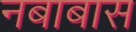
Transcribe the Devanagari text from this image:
नबाबास